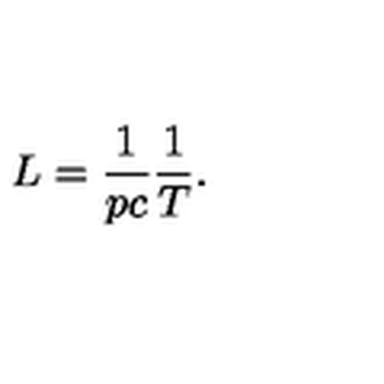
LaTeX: L = \frac { 1 } { p c } \frac { 1 } { T } .